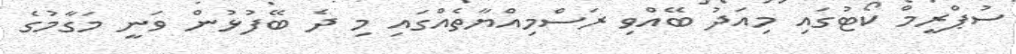
ސުޕްރީމް ކޯޓުގައި މިއަދު ބޭއްވި ރަސްމިއްޔާތެއްގައި މި ދެ ބޭފުޅުން ވަނީ މަގާމުގެ